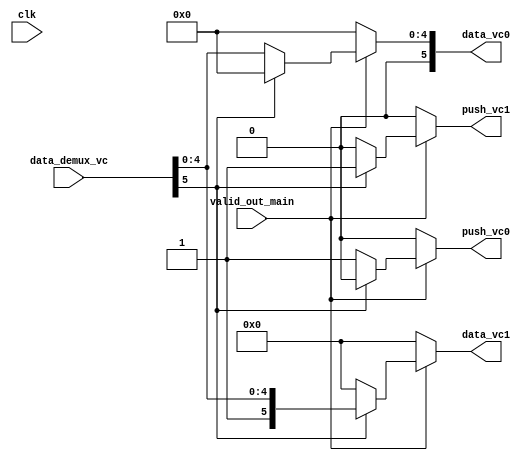
`timescale 1ns/1ps

module demux_vc #(
    parameter DATA_SIZE = 6,
    parameter BIT_SELECT = 1  )(       //parametro para elegir entre vc_id(1) y dest(2) 
    input                       valid_out_main,
    input                       clk,
    input       [DATA_SIZE-1:0] data_demux_vc,
    output reg                  push_vc0,
    output reg                  push_vc1,
    output reg  [DATA_SIZE-1:0] data_vc0,
    output reg  [DATA_SIZE-1:0] data_vc1     
    );

   reg selector;

    always@( * ) begin
        data_vc0   = 'b0;
        data_vc1   = 'b0;
        push_vc0   = 'b0;
        push_vc1   = 'b0;
        selector = data_demux_vc[DATA_SIZE - BIT_SELECT];
        //Logica para arqui.v:
        
        if ( valid_out_main ) begin
           //seleccion de logicas
            data_vc0 = ~selector ? data_demux_vc : 'b0;
            push_vc0 = ~selector ? 1 : 'b0;
            
            data_vc1 = selector ? data_demux_vc : 'b0;
            push_vc1 = selector ? 1 : 'b0;
        end 
    end

endmodule